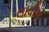
લાવીશ